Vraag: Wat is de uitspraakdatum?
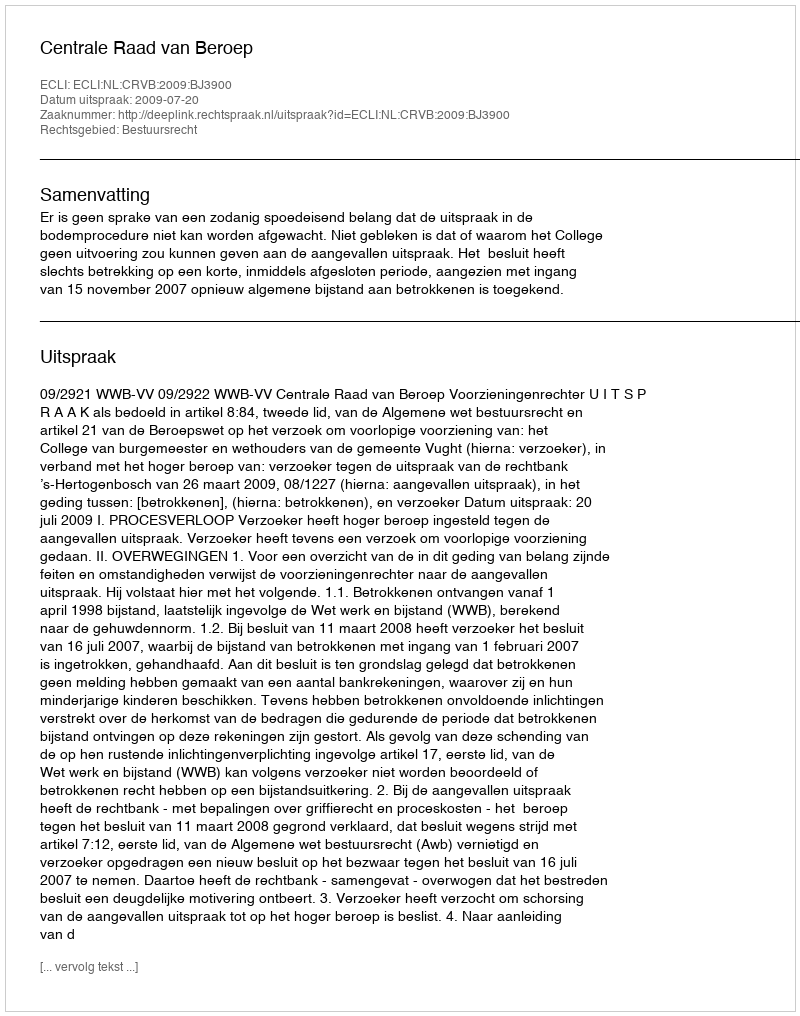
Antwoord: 2009-07-20